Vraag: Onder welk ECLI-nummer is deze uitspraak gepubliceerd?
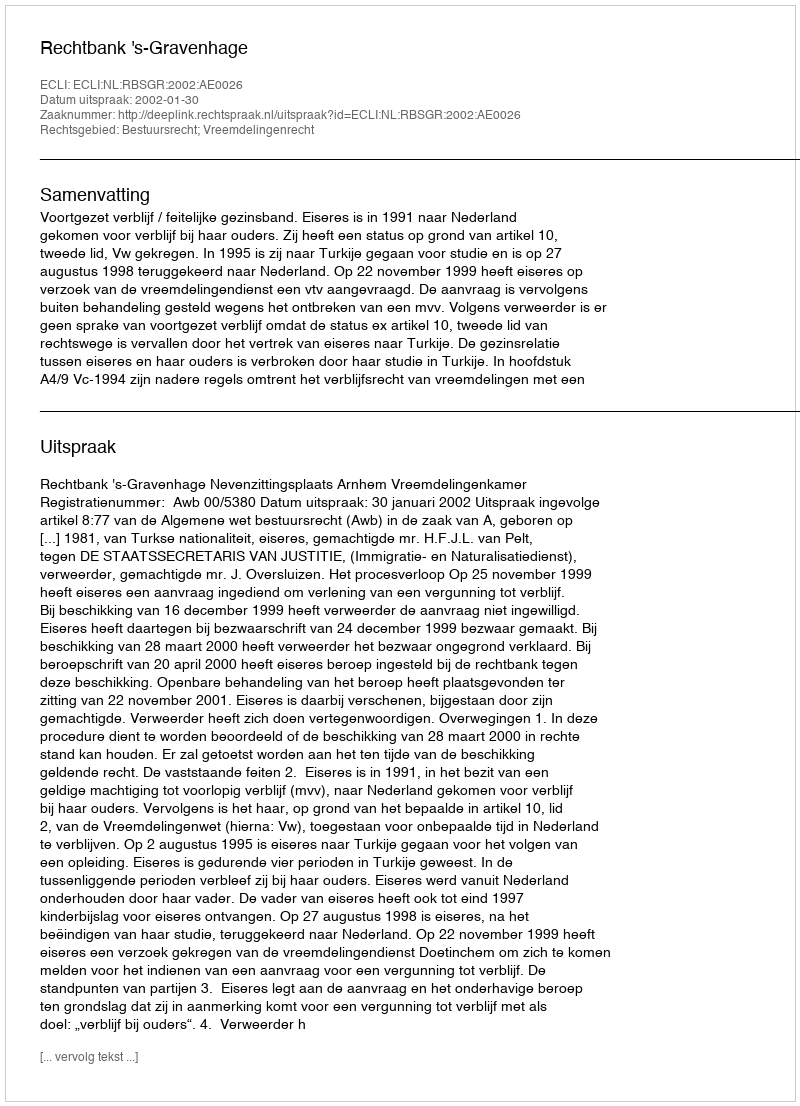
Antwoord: ECLI:NL:RBSGR:2002:AE0026